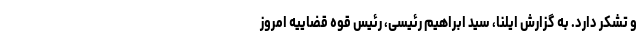
و تشکر دارد. به گزارش ایلنا، سید ابراهیم رئیسی، رئیس قوه قضاییه امروز